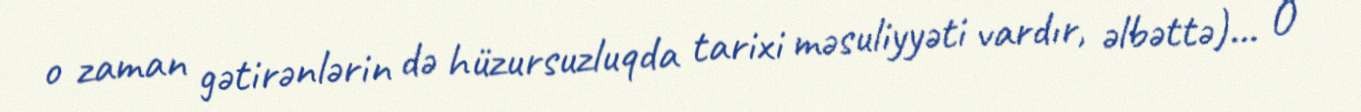
o zaman gətirənlərin də hüzursuzluqda tarixi məsuliyyəti vardır, əlbəttə)... O